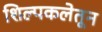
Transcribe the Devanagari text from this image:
शिल्पकलेतून